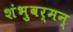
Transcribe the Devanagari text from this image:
शंभुवर्मन्